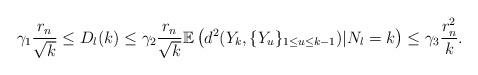
LaTeX: \begin{align*}\gamma_1 \frac{r_n}{\sqrt{k}} \leq D_l(k) \leq \gamma_2 \frac{r_n}{\sqrt{k}} \mathbb{E}\left(d^2(Y_{k},\{Y_u\}_{1 \leq u \leq k-1}) | N_l = k\right) \leq \gamma_3 \frac{r_n^2}{k}.\end{align*}